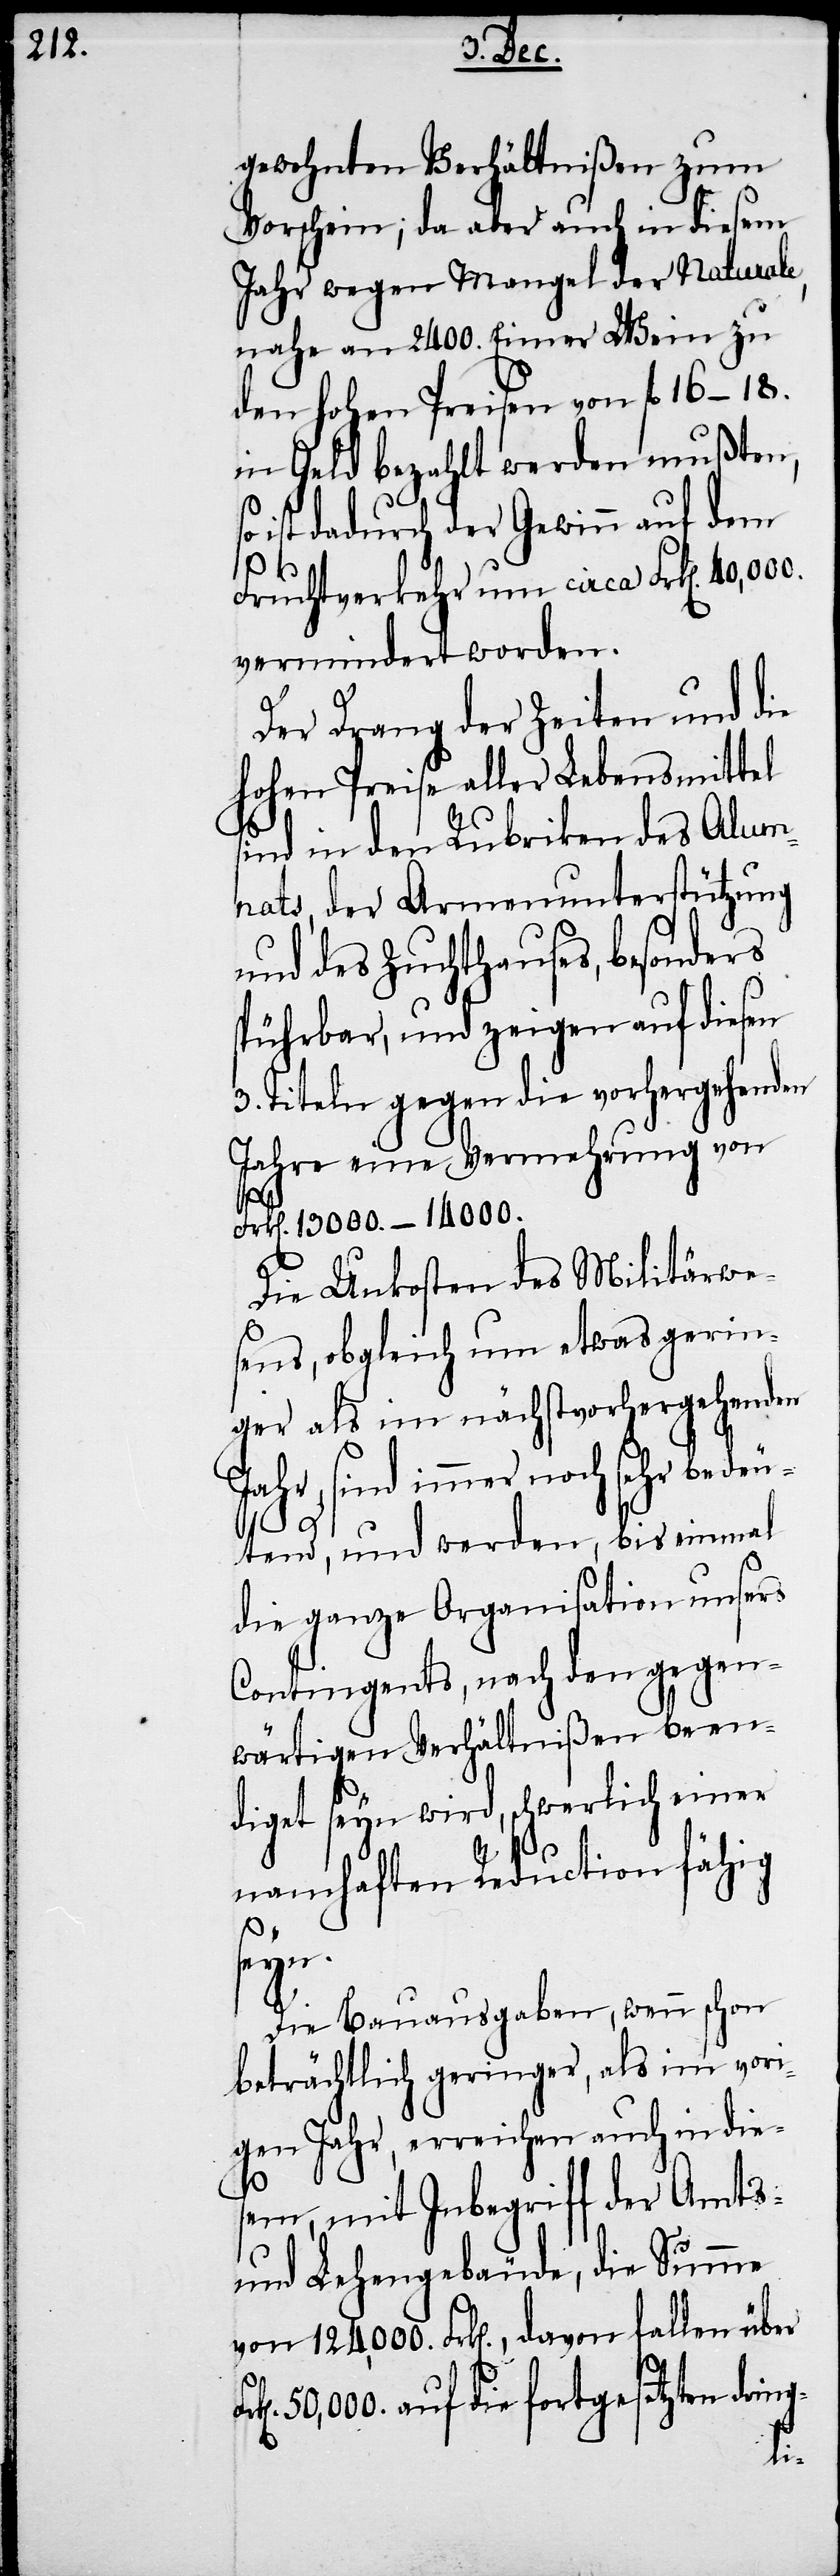
gewohnten Verhältnißen zum
Vorschein; da aber auch in diesem
Jahr wegen Mangel der Naturale,
nahe an 2400. Eimer Wein zu
den hohen Preisen von fl 16−18.
in Geld bezahlt werden mußten,
ist dadurch der Gewinn auf dem
Fruchtverkehr um circa Frk[en]. 40,000.
vermindert worden.
Der Drang der Zeiten und die
hohen Preise aller Lebensmittel
sind in den Rubriken des Alum¬
nats, der Armenunterstützung
und des Zuchthauses, besonders
spührbar, und zeigen auf diesen
3. Titeln gegen die vorhergehenden
Jahre eine Vermehrung von
Frk[en]. 13000.−14000.
Die Unkosten des Militärwe¬
sens, obgleich um etwas gerin¬
ger als im nächstvorhergehenden
sind immer noch sehr bedeu¬
tend, und werden, bis einmal
die ganze Organisation unsers
Contingents, nach den gegen¬
wärtigen Verhältnißen been¬
diget seyn wird, schwerlich einer
namhaften Reduction fähig
seyn.
Die Bauausgaben, wenn schon
beträchtlich geringer, als im vori¬
gen Jahr, erreichen auch in die¬
sem, mit Inbegriff der Amts-
und Lehengebäude, die Summe
von 124,000. Frk[en]., davon fallen über
50,000. auf die fortgesetzten dring-